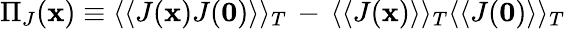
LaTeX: \Pi_{J}({\mathbf x})\equiv\langle\langle J({\mathbf x})J({\mathbf 0})\rangle\rangle_{T}\, -\, \langle\langle J({\mathbf x})\rangle\rangle_{T}\langle\langle J({\mathbf 0})\rangle\rangle_{T}